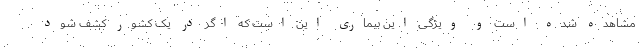
مشاهده شده است و ویژگی این بیماری این است که اگر در یک کشور کشف شود